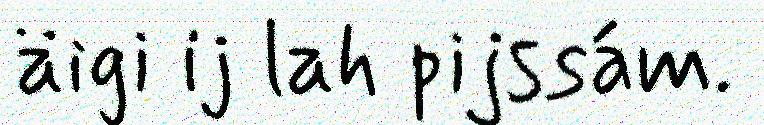
äigi ij lah pijssám.